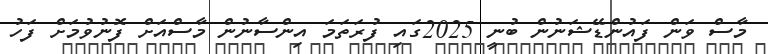
މާސް ވަން ފައުންޑޭޝަނުން ބުނީ 2025ގައި ފުރަތަމަ އިންސާނުން މާސްއަށް ފޮނުވުމަށް ފަހު